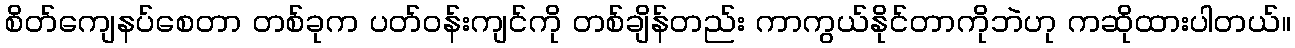
စိတ်ကျေနပ်စေတာ တစ်ခုက ပတ်ဝန်းကျင်ကို တစ်ချိန်တည်း ကာကွယ်နိုင်တာကိုဘဲဟု ကဆိုထားပါတယ်။